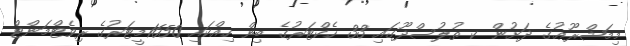
މިމަޝްރޫޢުގެ ދަށުން ކ ތުލުސްދޫގައި 33 ހެކްޓަރުގެ ބިން ހިއްކައި 1650މީޓަރުގެ ރިވެޓްމަންޓް